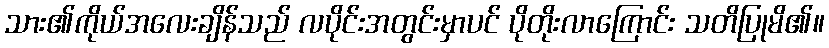
သား၏ကိုယ်အလေးချိန်သည် လပိုင်းအတွင်းမှာပင် ပိုတိုးလာကြောင်း သတိပြုမိ၏။